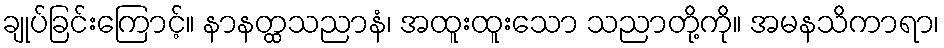
ချုပ်ခြင်းကြောင့်။ နာနတ္ထသညာနံ၊ အထူးထူးသော သညာတို့ကို။ အမနသိကာရာ၊